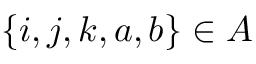
\{ i , j , k , a , b \} \in A